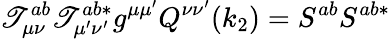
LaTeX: \mathscr{T}_{\mu\nu}^{ab}\mathscr{T}_{\mu^{\prime}\nu^{\prime}}^{ab*}g^{\mu\mu^{\prime}}Q^{\nu\nu^{\prime}}(k_{2})=S^{ab}S^{ab*}